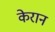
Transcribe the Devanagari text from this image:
केरान